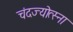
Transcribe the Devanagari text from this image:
चंदज्योत्स्ना